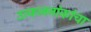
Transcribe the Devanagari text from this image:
उत्कलनांकांचा